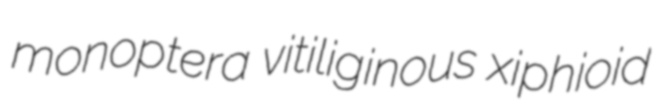
monoptera vitiliginous xiphioid